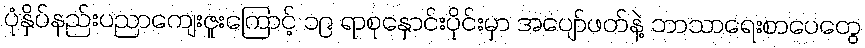
ပုံနှိပ်နည်းပညာကျေးဇူးကြောင့် ၁၉ ရာစုနှောင်းပိုင်းမှာ အပျော်ဖတ်နဲ့ ဘာသာရေးစာပေတွေ